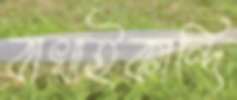
বাখাইকান্দি